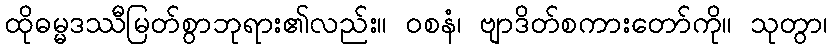
ထိုဓမ္မဒဿီမြတ်စွာဘုရား၏လည်း။ ဝစနံ၊ ဗျာဒိတ်စကားတော်ကို။ သုတွာ၊